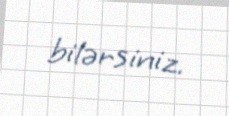
bilərsiniz.